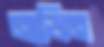
নাডিন